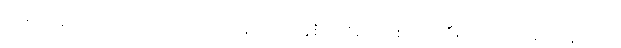
အဆင့်တွင်သာ ရှိကြောင်း ဖော်ပြထား သည့် အစီရင်ခံစာ တစ်ထပ်ကြီးကိုလည်း ယူလာခဲ့သည်။